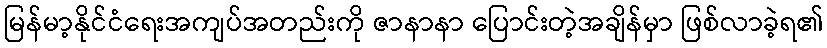
မြန်မာ့နိုင်ငံရေးအကျပ်အတည်းကို ဇာနာနာ ပြောင်းတဲ့အချိန်မှာ ဖြစ်လာခဲ့ရ၏